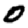
Digit: 0